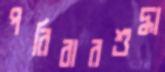
পরিবারশুদ্ধা